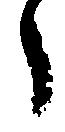
々